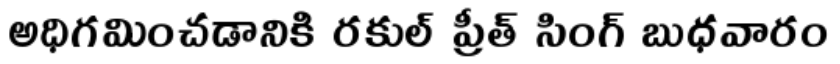
అధిగమించడానికి రకుల్ ప్రీత్ సింగ్ బుధవారం